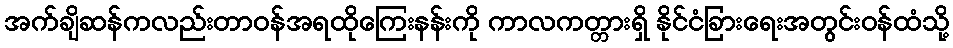
အက်ချိဆန်ကလည်းတာဝန်အရထိုကြေးနန်းကို ကာလကတ္တားရှိ နိုင်ငံခြားရေးအတွင်းဝန်ထံသို့